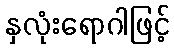
နှလုံးရောဂါဖြင့်